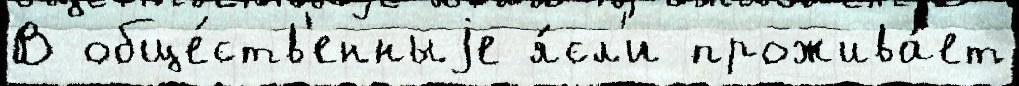
В обще́ств'енныjе я́сл'и прожива́ет